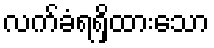
လက်ခံရရှိထားသော